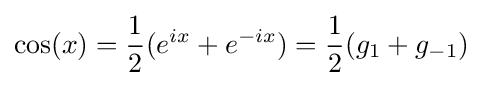
\cos(x)={\frac {1}{2}}(e^{ix}+e^{-ix})={\frac {1}{2}}(g_{1}+g_{-1})